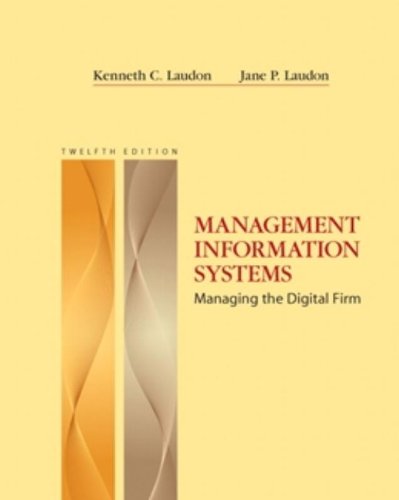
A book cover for Management Information Systems (12th Edition); Kenneth C. Laudon; Computers & Technology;